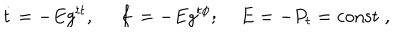
\dot { t } = - E g ^ { t t } , \; \; \dot { f } = - E g ^ { t \phi } ; \; E = - P _ { t } = \mathrm { c o n s t . } ,